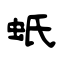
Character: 蚔